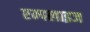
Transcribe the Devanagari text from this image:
एम्पलाइज